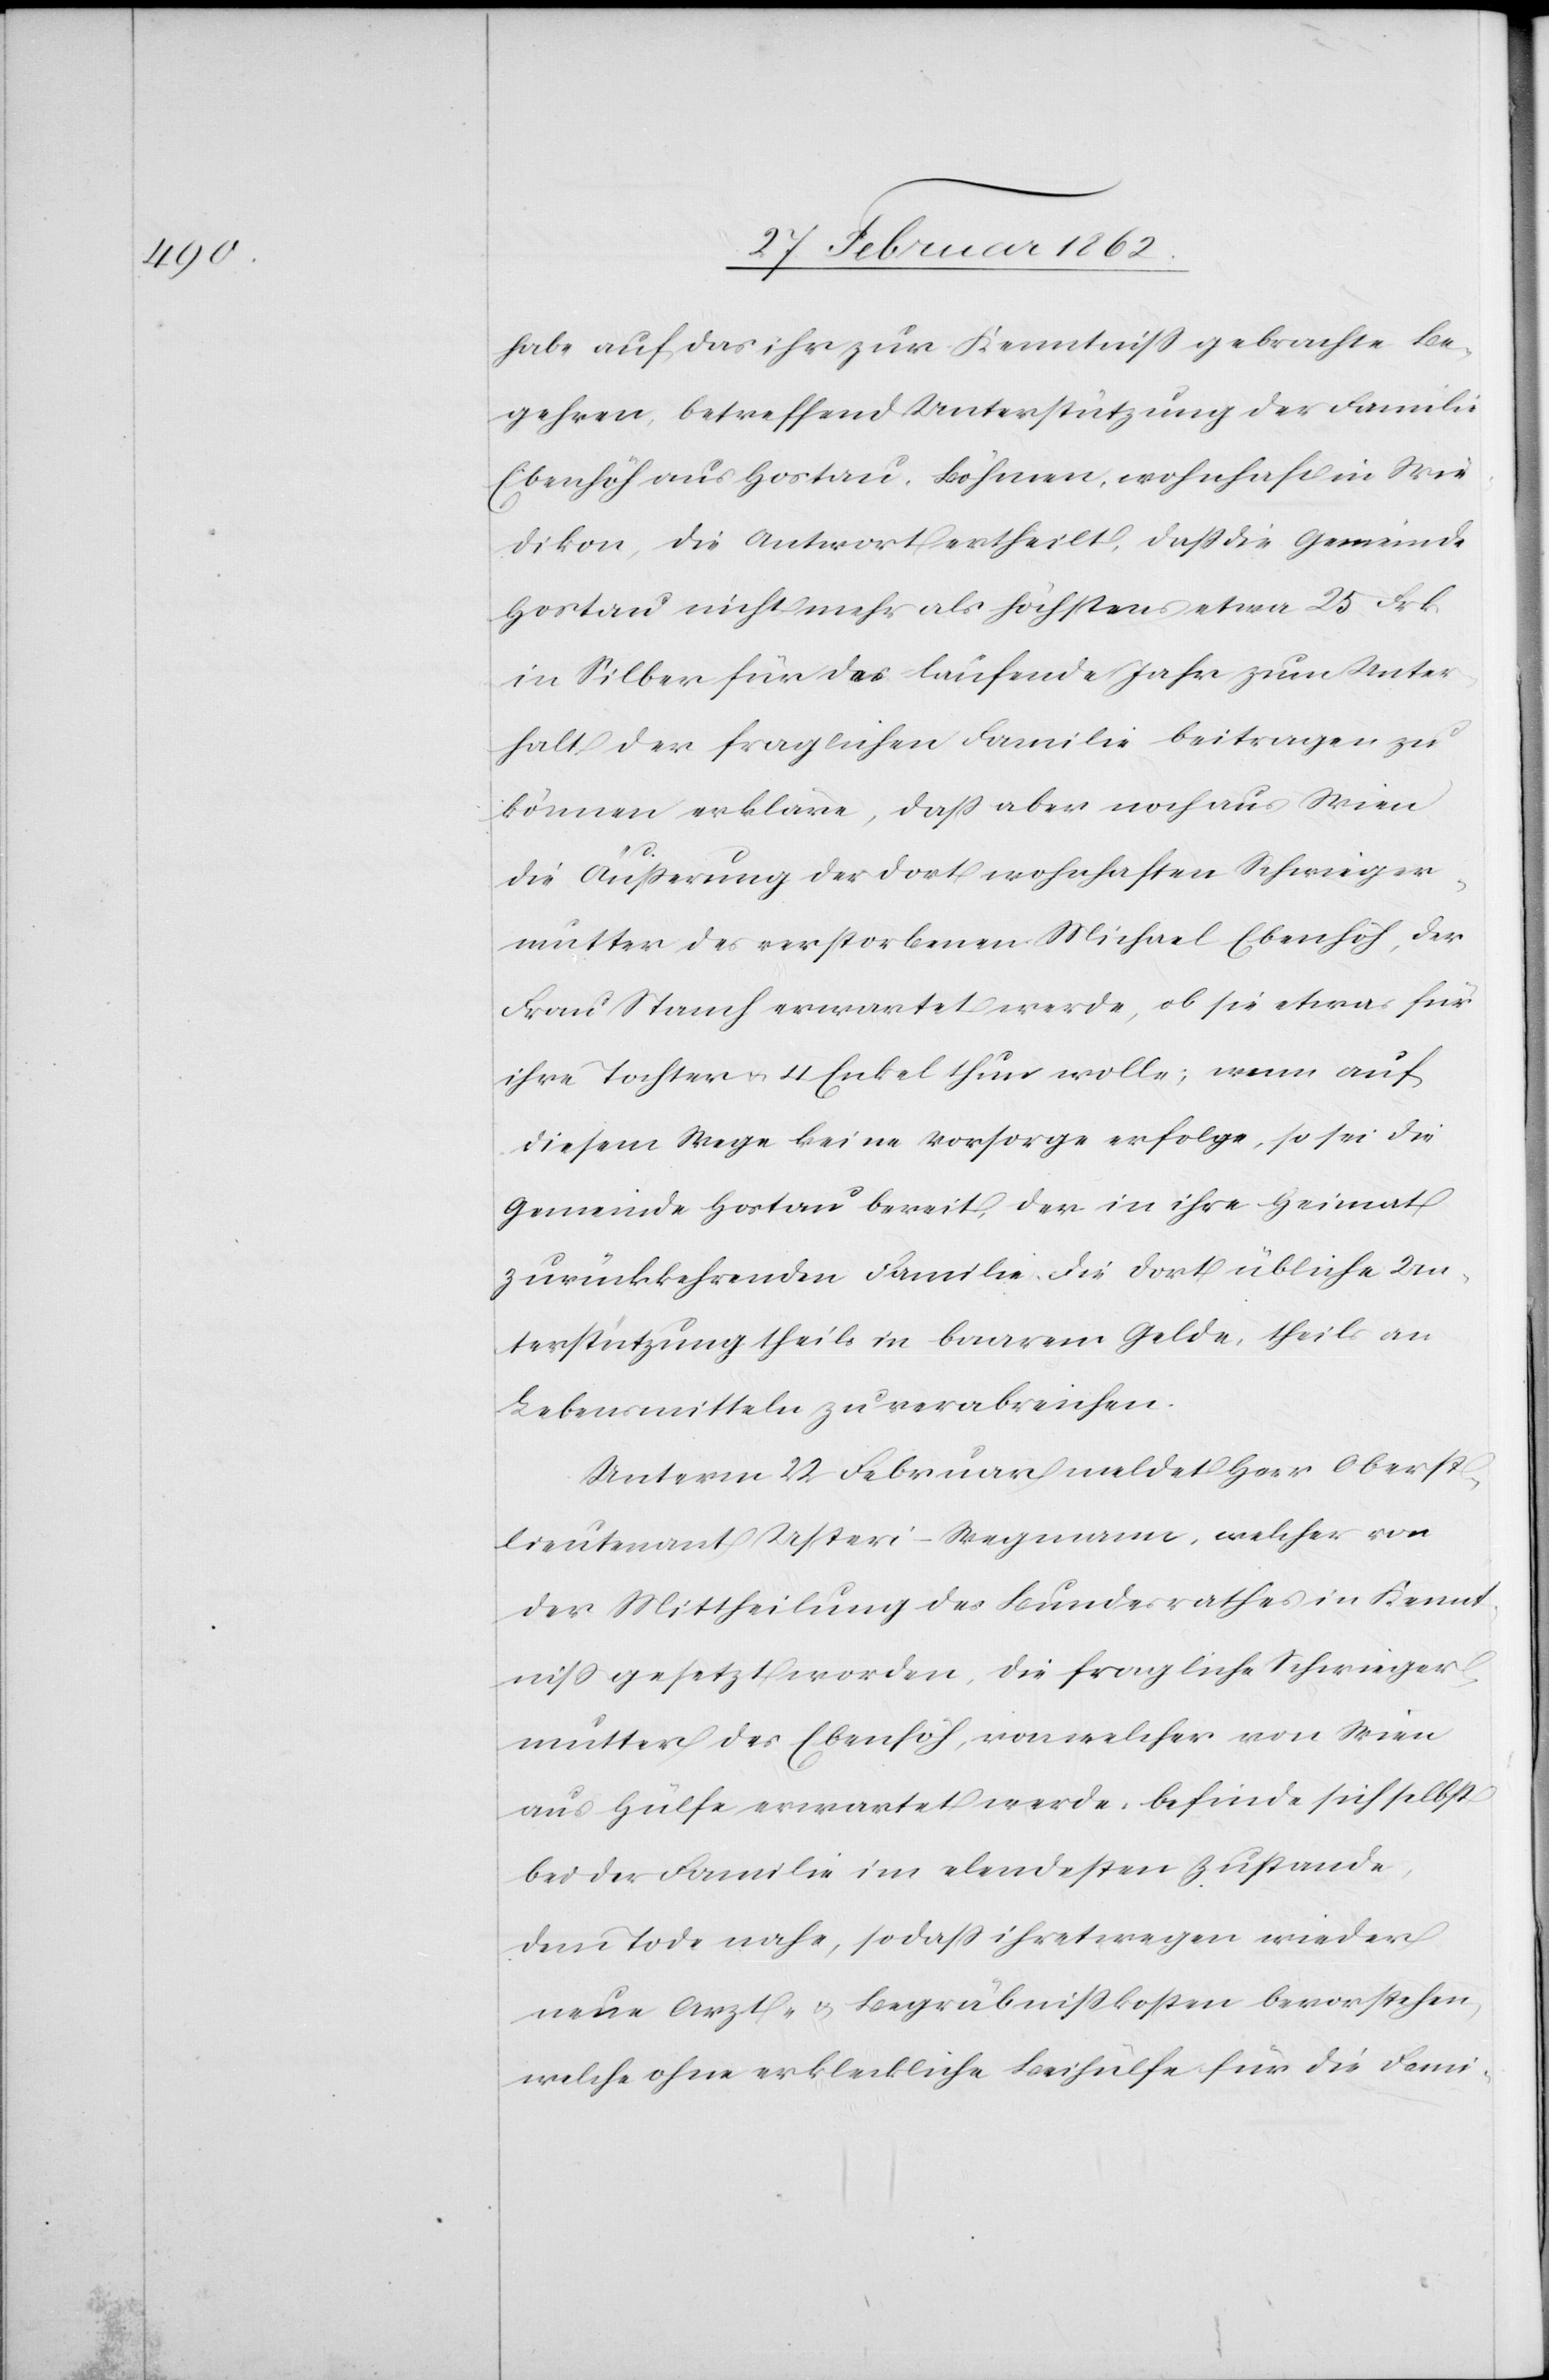
habe auf das ihr zur Kenntniß gebrachte Be¬
gehren, betreffend Unterstützung der Familie
Ebenhöh aus Hortau, Böhmen, wohnhaft in Wie¬
dikon, die Antwort ertheilt, daß die Gemeinde
Hortau nicht mehr als höchstens etwa 25 Frk.
in Silber für das laufende Jahr zum Unter¬
halt der fraglichen Familie beitragen zu
können erkläre, daß aber noch aus Wien
die Äußerung der dort wohnhaften Schwieger¬
mutter des verstorbenen Michael Ebenhöh, der
Frau Stanch erwartet werde, ob sie etwas für
ihre Tochter u. 4 Enkel thun wolle; wenn auf
diesem Wege keine Vorsorge erfolge, so sei die
Gemeinde Hortau bereit, der in ihre Heimat
zurückkehrenden Familie die dort übliche Un¬
terstützung theils in baarem Gelde, theils an
Lebensmitteln zu verabreichen.
Unterm 22 Februar meldet Herr Oberst¬
lieutenant Usteri-Wegmann, welcher von
der Mittheilung des Bundesrathes in Kennt¬
niß gesetzt worden, die fragliche Schwieger¬
mutter des Ebenhöh, von welcher von Wien
aus Hülfe erwartet werde, befinde sich selbst
bei der Familie im elendesten Zustande,
dem Tode nahe, so daß ihretwegen wieder
neue Arzt- & Begräbnißkosten bevorstehen,
welche ohne erkleckliche Beihülfe für die Fami-